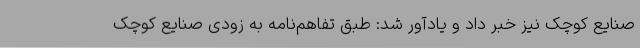
صنایع کوچک نیز خبر داد و یادآور شد: طبق تفاهم‌نامه به زودی صنایع کوچک